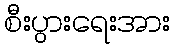
စီးပွားရေးအား